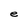
Character: e